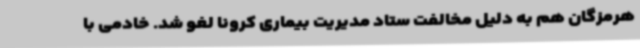
هرمزگان هم به دلیل مخالفت ستاد مدیریت بیماری کرونا لغو شد. خادمی با